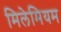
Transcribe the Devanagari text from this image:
मिलेमियम